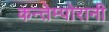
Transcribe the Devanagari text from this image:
कन्तेम्पोरानी